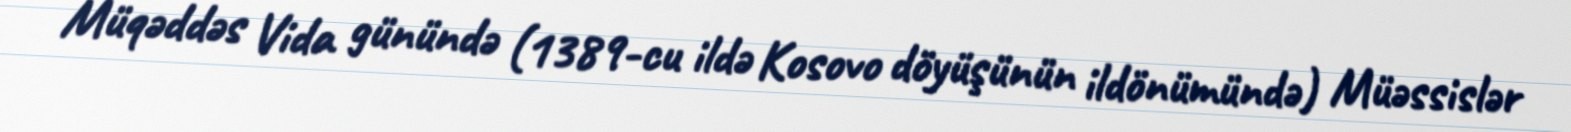
Müqəddəs Vida günündə (1389-cu ildə Kosovo döyüşünün ildönümündə) Müəssislər